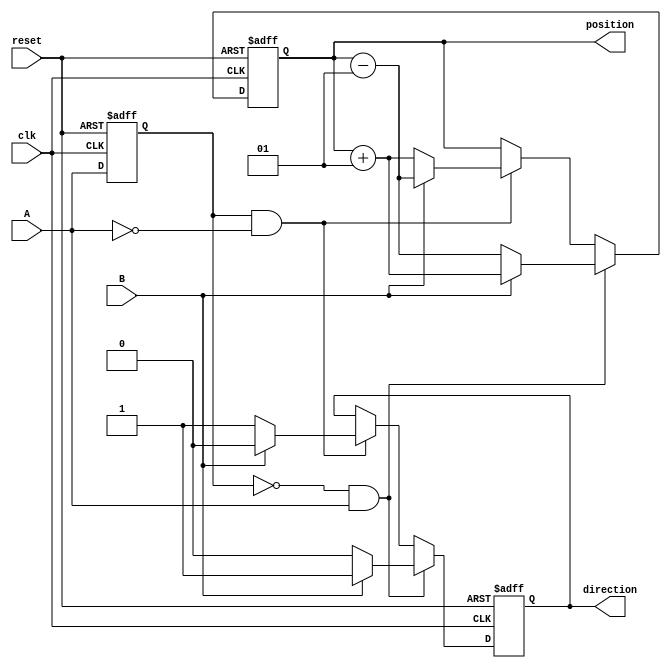
module rotary_encoder (
    input wire clk,           // Clock signal
    input wire A,             // Quadrature output A
    input wire B,             // Quadrature output B
    input wire reset,         // Asynchronous reset
    output reg signed [31:0] position, // Position count (32 bits signed integer)
    output reg direction      // Direction of rotation (1: clockwise, 0: counterclockwise)
);

    reg A_prev, B_prev;

    // Asynchronous reset and state detection on the rising edge of clk
    always @(posedge clk or posedge reset) begin
        if (reset) begin
            position <= 0;
            direction <= 0;
            A_prev <= 0;
            B_prev <= 0;
        end else begin
            // Store previous values
            A_prev <= A;
            B_prev <= B;

            // State change detection
            if (A_prev == 0 && A == 1) begin // Rising edge of A
                if (B == 1) begin
                    position <= position + 1; // Clockwise
                    direction <= 1;
                end else begin
                    position <= position - 1; // Counterclockwise
                    direction <= 0;
                end
            end else if (A_prev == 1 && A == 0) begin // Falling edge of A
                if (B == 1) begin
                    position <= position - 1; // Counterclockwise
                    direction <= 0;
                end else begin
                    position <= position + 1; // Clockwise
                    direction <= 1;
                end
            end
        end
    end

endmodule